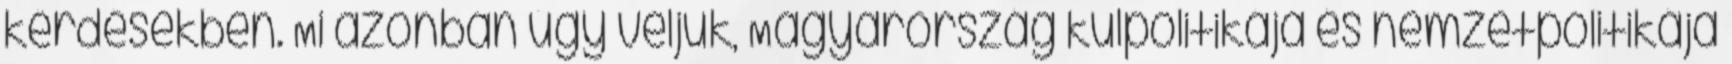
kérdésekben. Mi azonban úgy véljük, Magyarország külpolitikája és nemzetpolitikája